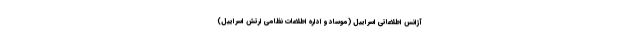
آژانس اطلاعاتی اسراییل (موساد و اداره اطلاعات نظامی ارتش اسراییل)